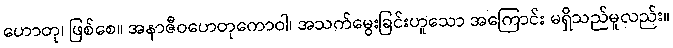
ဟောတု၊ ဖြစ်စေ။ အနာဇီဝဟေတုကောဝါ၊ အသက်မွေးခြင်းဟူသော အကြောင်း မရှိသည်မူလည်း။